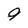
Character: 9